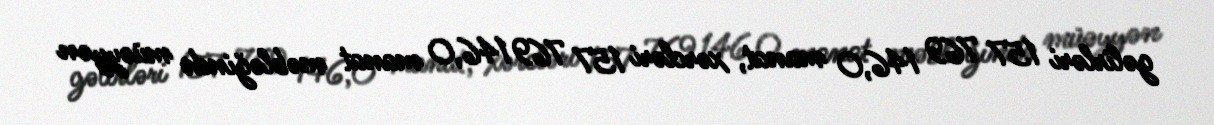
gəlirləri 157 769 146,0 manat, xərcləri 157 769 146,0 manat məbləğində müəyyən